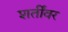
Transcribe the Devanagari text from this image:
शर्तींवर